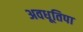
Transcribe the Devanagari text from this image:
अवधूतिपा